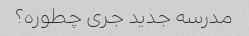
مدرسه جدید جری چطوره؟